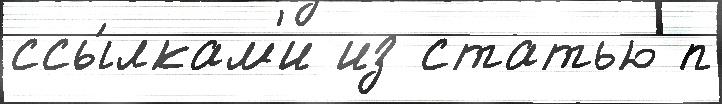
ссы́лкам'и из статью п